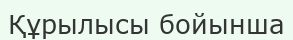
Құрылысы бойынша